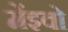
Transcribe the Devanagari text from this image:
मेंइवो